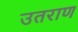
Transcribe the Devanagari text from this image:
उतराण